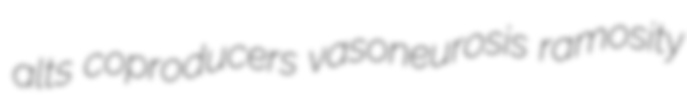
alts coproducers vasoneurosis ramosity